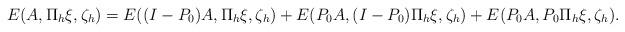
LaTeX: \begin{align*} E(A,\Pi_h\xi,\zeta_h) = E((I-P_0)A,\Pi_h\xi,\zeta_h) + E(P_0 A,(I - P_0)\Pi_h\xi,\zeta_h) + E(P_0 A,P_0\Pi_h \xi,\zeta_h). \end{align*}